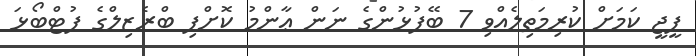
ޕީޖީ ކަމަށް ކުރިމަތިލެއްވި 7 ބޭފުޅުންގެ ނަން ޢާންމު ކޮށްފި ބްރެޒިލްގެ ފުޓްބޯޅަ